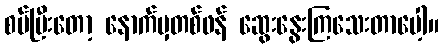
စပ်ပြီးတော့ နောက်မှတစ်ဖန် ဆွေးနွေးကြသေးတာပေါ့။